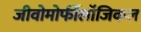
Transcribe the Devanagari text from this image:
जीवोमोर्फीलॉजिकल